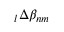
\phantom { } _ { l } \Delta \beta _ { n m }